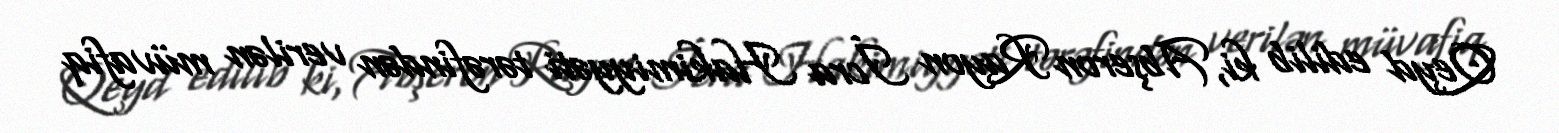
Qeyd edilib ki, Abşeron Rayon İcra Hakimiyyəti tərəfindən verilən müvafiq